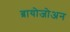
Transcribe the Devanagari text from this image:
ब्रायोजोअन